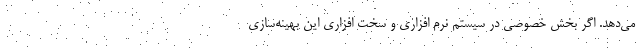
می‌دهد. اگر بخش خصوصی در سیستم نرم افزاری و سخت افزاری این بهینه‌سازی